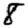
Digit: 8